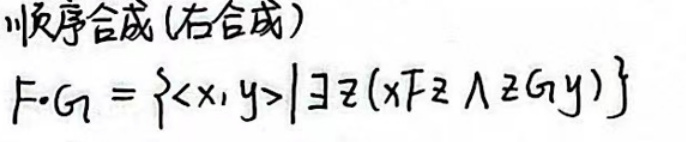
顺序合成（右合成）

$F\cdot G=\{<x,y>|\exists z(xFz\land zGy)\}$